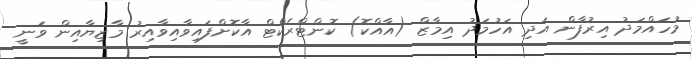
މުހައްމަދު އިރުފާން އަދި އަހުމަދު އިމާޒް (އާއްކޮ) ކޮންޓްރެކްޓް އާކޮށްފައިވާއިވާއިރު މާޒިޔާއިން ވަނީ